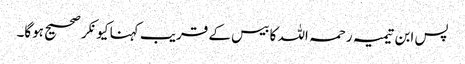
پس ابن تیمیہ رحمہ اللہ کا بیس کے قریب کہنا کیونکر صحیح ہوگا۔